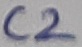
Text: C2